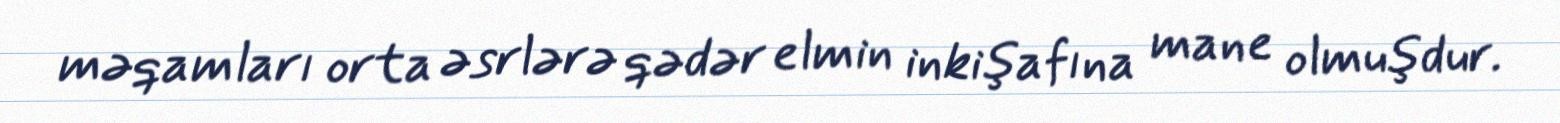
məqamları orta əsrlərə qədər elmin inkişafına mane olmuşdur.